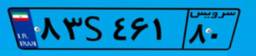
۸۳S۴۶۱۸۰